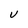
Character: U